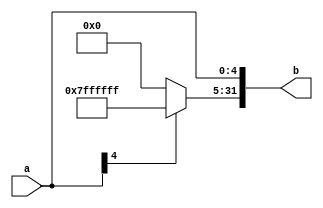
`timescale 1ns / 1ps
//////////////////////////////////////////////////////////////////////////////////
// Company: 
// Engineer: 
// 
// Design Name: 
// Module Name:    extend_5 
// Project Name: 
// Target Devices: 
// Tool versions: 
// Description: 
//
// Dependencies: 
//
// Revision: 
// Revision 0.01 - File Created
// Additional Comments: 
//
//////////////////////////////////////////////////////////////////////////////////
module extend_5(
    input [4:0] a,
    output reg [31:0] b
    );
	always @(a)
	begin:LABEL
		if(a[4] == 1)
		begin 
			b[31:0] = 32'hffffffff;
			b[4:0] = a[4:0];
		end
		else
		begin 
			b[31:0] = 32'h00000000;
			b[4:0] = a[4:0];
		end
	end

endmodule